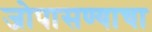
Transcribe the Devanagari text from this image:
जोपासण्याचा